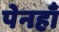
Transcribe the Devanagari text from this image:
पेनहाँ